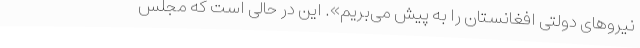
نیروهای دولتی افغانستان را به پیش می‌بریم». این در حالی است که مجلس